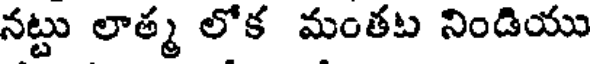
నట్టు లాత్మ లోక మంతట నిండియు